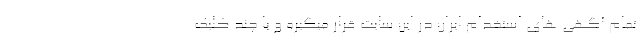
تمام آگهی های استخدام ایران در این سایت قرار میگیره و با چند کلیک